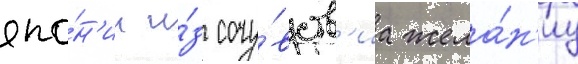
япо́н'ии и́з сочу́вств'иа жела́н'иу